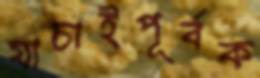
যাচাইপূর্বক